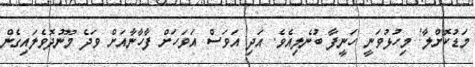
މަޑުކޮށްލާ! މިހުޅުވަނީ ހަނީފާ ބުނެލިއެވެ. އަދި އަވަސް އަވަހަށް ފާހާނާއަށް ވަދެ މޫނުދޮވެލައިގެން